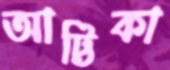
আট্টিকা